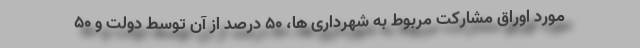
مورد اوراق مشارکت مربوط به شهرداری ها، ۵۰ درصد از آن توسط دولت و ۵۰